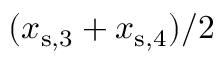
( x _ { \mathrm { s } , 3 } + x _ { \mathrm { s } , 4 } ) / 2